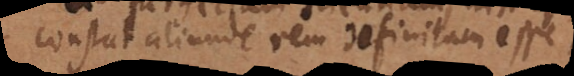
constat rem definitam esse